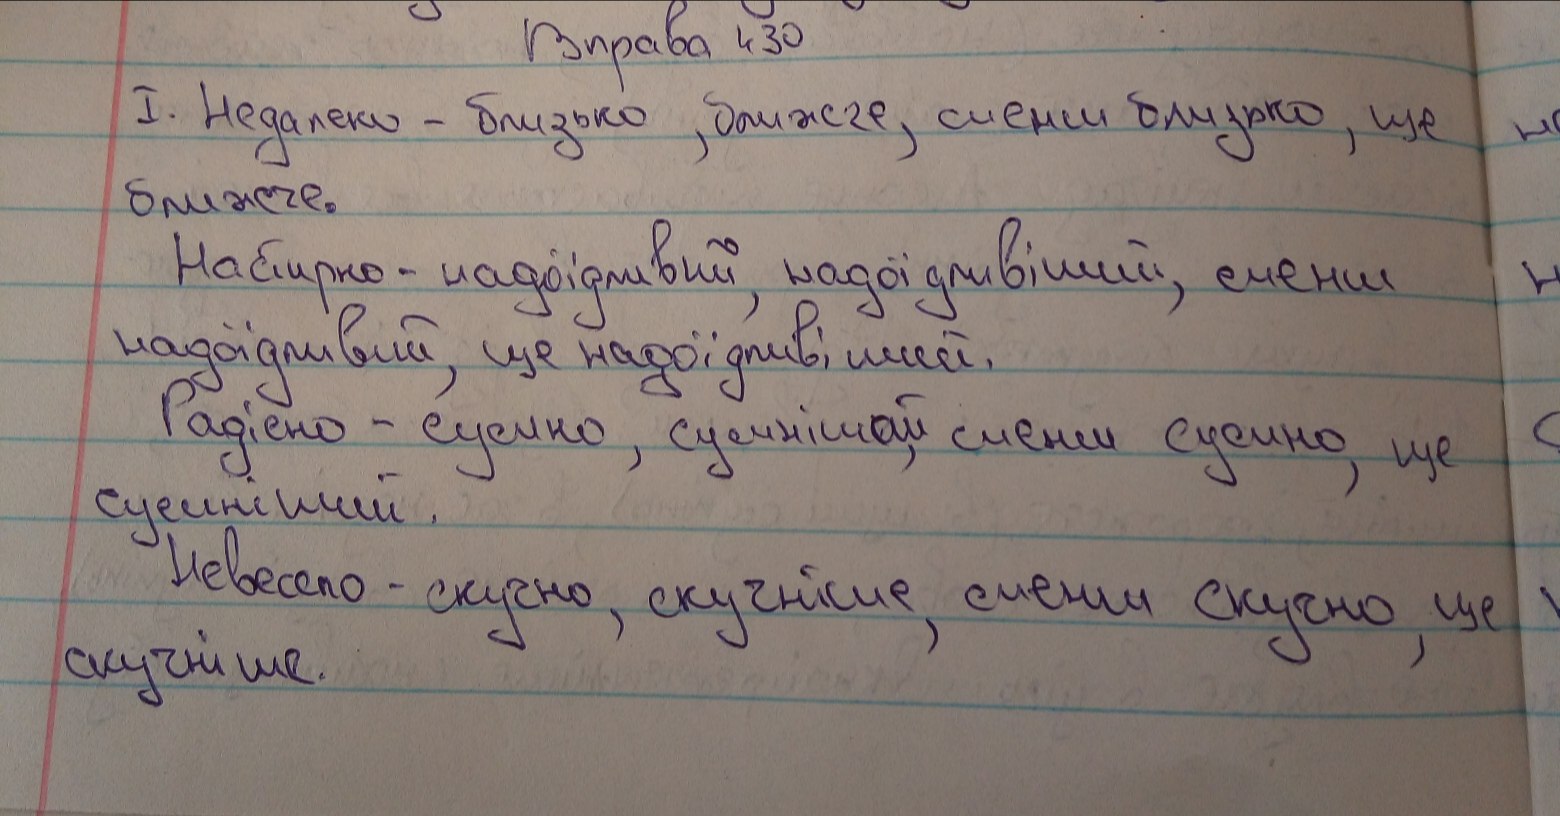
Вправа 430
I. Недалеко - близько, ближче, менш близько, ще
ближе.
Настирно-надоїдливий, надоїдливіший, менш
надоїдливий, ще надоїдливіший.
Радісно - сумно, сумніший, менш сумно, ще
сумніший.
Невесело - скучно, скучніше, менш скучно, ще
скучніше.